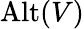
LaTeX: \operatorname{Alt}(V)